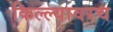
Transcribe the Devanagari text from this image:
किल्ल्यावरच